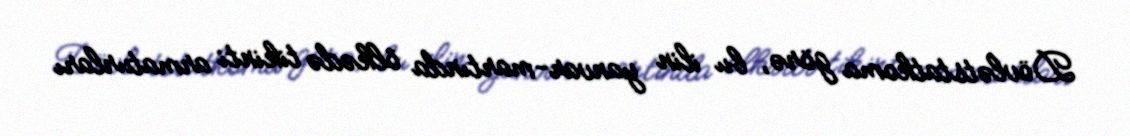
Dövlətstatkoma görə, bu ilin yanvar-martında ölkədə tikinti armaturları